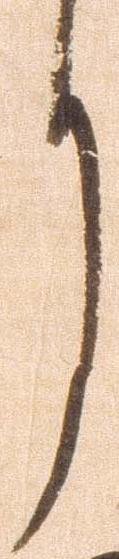
月